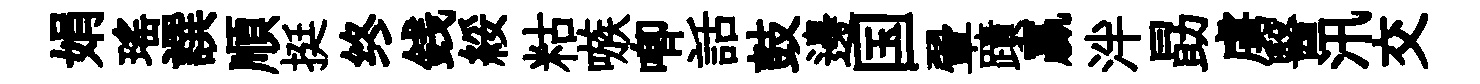
娟瑤譔順挺终銭綏䊀嗾唧話鼓邊国翬蹟贏泮勗虜醫汛交